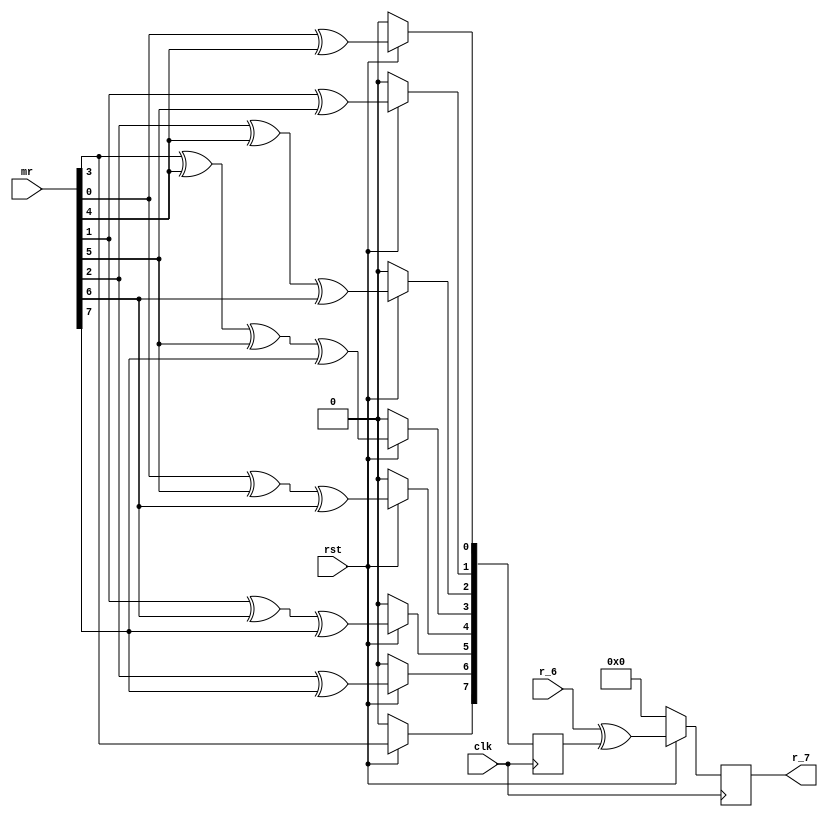
`timescale 1ns / 1ps


module mux_7(
    input clk,
	 input rst,
	 input[7:0] mr,
	 input[7:0] r_6,
	 output[7:0] r_7
    );
wire[7:0] a_7;
reg[7:0] g_7;
reg[7:0] r7;

assign a_7 = mr;

 always @(posedge clk)                            //g7m+r
  begin
  if(!rst)
   begin
	g_7<=0;
	r7<=0;
	end
  else
   begin
    g_7[0]<=a_7[0]^a_7[4];	
	 g_7[1]<=a_7[1]^a_7[5];	
	 g_7[2]<=a_7[2]^a_7[4]^a_7[6];	
    g_7[3]<=a_7[3]^a_7[4]^a_7[5]^a_7[7];	
    g_7[4]<=a_7[0]^a_7[5]^a_7[6];	
	 g_7[5]<=a_7[1]^a_7[6]^a_7[7];	
	 g_7[6]<=a_7[2]^a_7[7];	
	 g_7[7]<=a_7[3];
	 r7 <= r_6^g_7;
	end
 end

assign 	 r_7 = r7;

endmodule